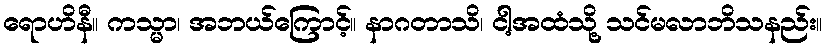
ရောဟိနီ။ ကသ္မာ၊ အဘယ်ကြောင့်။ နာဂတာသိ၊ ငါ့အထံသို့ သင်မလာဘိသနည်း။